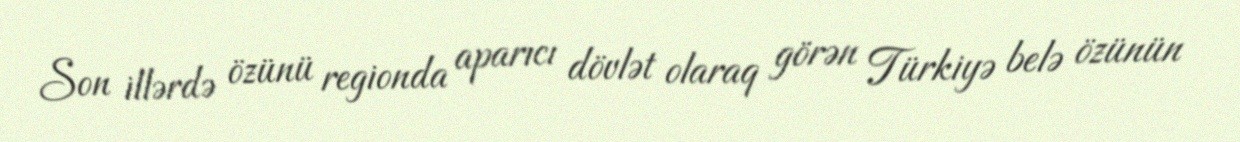
Son illərdə özünü regionda aparıcı dövlət olaraq görən Türkiyə belə özünün